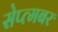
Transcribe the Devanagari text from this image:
सेप्त्मबर